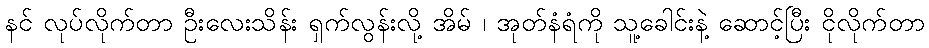
နင် လုပ်လိုက်တာ ဦးလေးသိန်း ရှက်လွန်းလို့ အိမ် ၊ အုတ်နံရံကို သူ့ခေါင်းနဲ့ ဆောင့်ပြီး ငိုလိုက်တာ